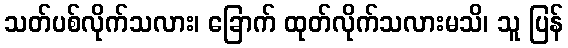
သတ်ပစ်လိုက်သလား၊ ခြောက် ထုတ်လိုက်သလားမသိ၊ သူ ပြန်